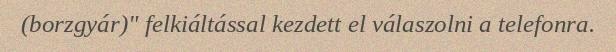
(borzgyár)" felkiáltással kezdett el válaszolni a telefonra.